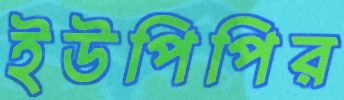
ইউপিপির